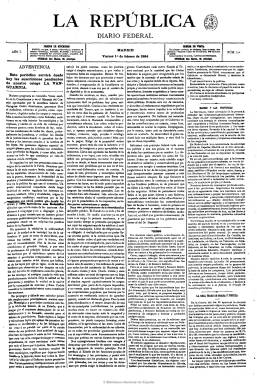
Título: La República (Madrid. 1884)
Colección: Periódicos || Republicanismo
Ámbito geográfico: Madrid
Lugar de publicación: Madrid
Fechas: 01/02/1884-28/11/1891

Órgano del partido republicano federal español, creado y sostenido por Enrique Pérez de Guzmán, marqués de Santa Marta, uno de los aristócratas revolucionarios españoles del siglo XIX, e inspirado por Francisco Pi y Margall. Al aparecer, el uno de febrero de 1884, se hace cargo de las suscripciones de La vanguardia, y en su programa, además de proclamarse demócrata y federal, se muestra defensor de la mejora de la clase trabajadora, así como antimilitarista, iberista, anticolonialista y respetuoso con las diferentes lenguas españolas y favorable a la autonomía política y financiera de municipios, provincias y regiones, señalando que algunas de ellas fueron históricamente antiguas naciones.

De periodicidad diaria (excepto lunes) y de cuatro páginas por número, incluyó en estas artículos doctrinales y de fondo y crónicas políticas, además de ofrecer noticias y breves en secciones bien estructuradas de provincias, extranjero, revista de prensa, telegramas de la agencia Fabra, tribunales, noticias generales y políticas, de teatro, espectáculos, cotizaciones de la bolsa de Madrid, información meteorológica, de espectáculos, crónica parlamentaria, variedades, sucesos, sección oficial, además de una de última hora. La última plana la dedicaba a los anuncios comerciales. Publicó una sección diaria para dar cuenta de los donativos aportados a la “Asociación benéfica para socorrer los presos y emigrados políticos republicanos”.

Fue dirigida, sucesivamente, por Telésforo Ojea y Somoza, Pablo Correa y Zafrilla y Enrique Vera y González. En sus últimos meses, bajo su cabecera, estampa las leyendas “Federación Ibérica”, “Confederación Ibero-América” y “Alianza Latina”.  Desaparece el 28 de noviembre de1891, por las desavenencias entre Pérez de Guzmán y Pi y Margall en torno a la frustrada coalición periodística republicana.